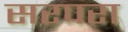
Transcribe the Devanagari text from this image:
सरपरा